Annual report of the Imperial Bacteriologist
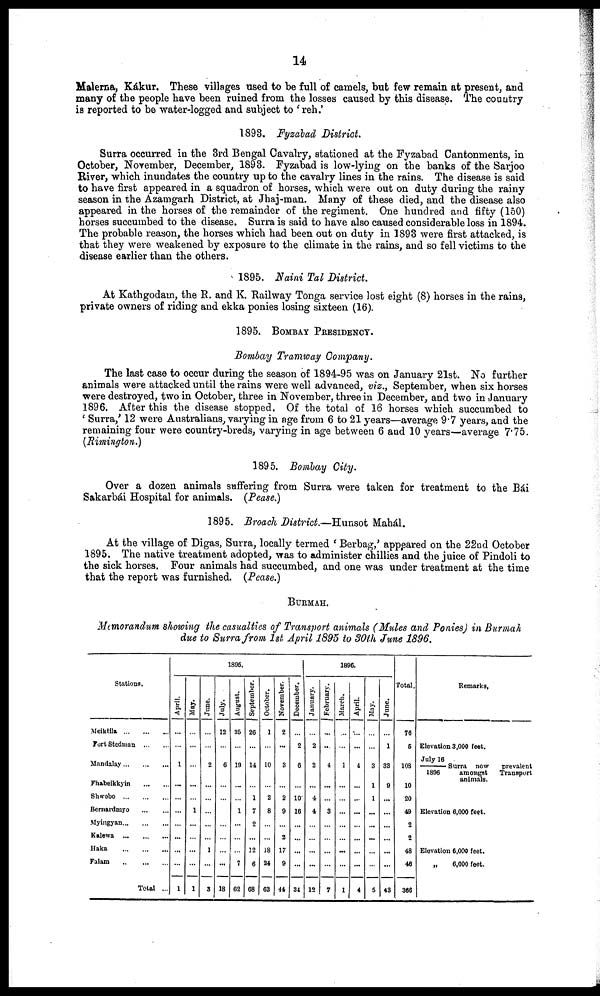
14
Malerna, Kákur. These villages used to be full of camels, but few remain at present, and
many of the people have been ruined from the losses caused by this disease. The country
is reported to be water-logged and subject to ' reh.'
1893. Fyzabad District.
Surra occurred in the 3rd Bengal Cavalry, stationed at the Fyzabad Cantonments, in
October, November, December, 1893. Fyzabad is low-lying on the banks of the Sarjoo
River, which inundates the country up to the cavalry lines in the rains. The disease is said
to have first appeared in a squadron of horses, which were out on duty during the rainy
season in the Azamgarh District, at Jhaj-man. Many of these died, and the disease also
appeared in the horses of the remainder of the regiment. One hundred and fifty (150)
horses succumbed to the disease. Surra is said to have also caused considerable loss in 1894.
The probable reason, the horses which had been out on duty in 1893 were first attacked, is
that they were weakened by exposure to the climate in the rains, and so fell victims to the
disease earlier than the others.
1895. Naini Tal District.
At Kathgodam, the R. and K. Railway Tonga service lost eight (8) horses in the rains,
private owners of riding and ekka ponies losing sixteen (16).
1895. BOMBAY PRESIDENCY.
Bombay Tramway Company.
The last case to occur during the season of 1894-95 was on January 21st. No further
animals were attacked until the rains were well advanced, viz., September, when six horses
were destroyed, two in October, three in November, three in December, and two in January
1896. After this the disease stopped. Of the total of 16 horses which succumbed to
' Surra, ' 12 were Australians, varying in age from 6 to 21 years—average 9.7 years, and the
remaining four were country-breds, varying in age between 6 and 10 years—average 7.75.
(Rimington.)
1895. Bombay City.
Over a dozen animals suffering from Surra were taken for treatment to the Bái
Sakarbái Hospital for animals. (Pease.)
1895. Broach District.—Hunsot Mahál.
At the village of Digas, Surra, locally termed ' Berbag,' appeared on the 22nd October
1895. The native treatment adopted, was to administer chillies and the juice of Pindoli to
the sick horses. Four animals had succumbed, and one was under treatment at the time
that the report was furnished. (Pease.)
BURMAH.
Memorandum showing the casualties of Transport animals (Mules and Ponies) in Burmah
due to Surra from 1st April 1895 to 30th June 1896.
Stations.
Meiktila ...
Fort Stedman
Mandalay...
Fhabeikkyin
Shwebo ...
Bernardmyo
Myingyan...
Kalewa ...
Haka
Falam
...
...
...
...
...
...
...
...
...
...
...
...
...
...
...
Total ...
1895.
April.
...
...
1
...
...
...
...
...
...
1
May
...
...
...
1
...
...
...
...
1
June
...
...
2
...
...
...
...
...
1
...
3
July.
12
6
...
...
...
18
August.
35
19
...
1
...
7
62
September.
26
...
14
1
7
2
...
12
6
68
October.
1
10
2
8
18
24
63
November.
2
...
3
...
2
9
...
2
17
9
44
December.
...
2
6
...
10
16
...
...
...
...
34
1896.
January.
...
2
2
...
4.
4.
...
...
...
...
12
February.
...
....
4
...
...
3
...
...
...
7
March.
....
..
1
...
...
...
...
...
...
...
1
April.
...
...
4
...
...
...
...
...
...
...
4
May.
...
...
3
1
1
...
...
...
...
...
5
June.
...
1
33
9
...
...
...
...
...
...
43
Total.
76
5
108
10
20
49
2
2
48
46
366
Remarks,
Elevation 3,000 feet.
Surra now
July 16/1896 amongst
animals.
Elevation 6,000 feet.
Elevation 6,000 feet.
„
6,000 feet.
prevalent
Transport